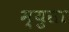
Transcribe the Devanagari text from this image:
म्युसा